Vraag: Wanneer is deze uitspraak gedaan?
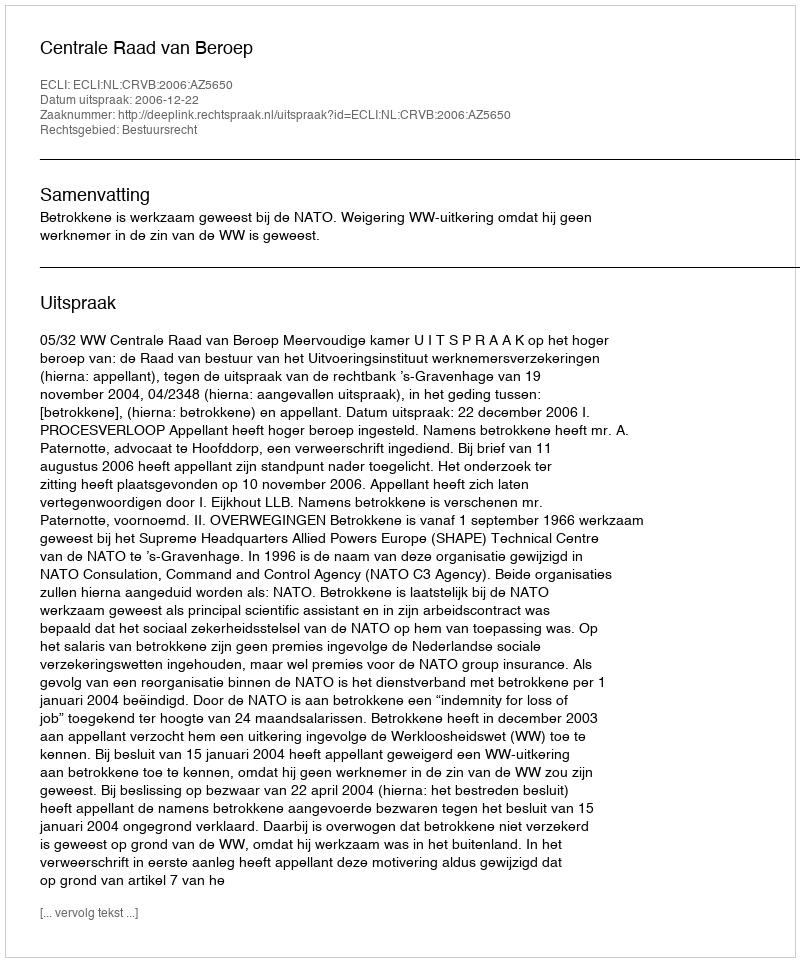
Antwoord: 2006-12-22